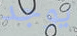
يوجد